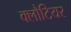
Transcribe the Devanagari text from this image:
क्लौटियर